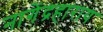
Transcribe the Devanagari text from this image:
नागेंद्रहाराय